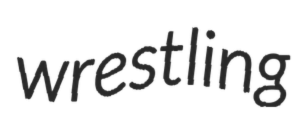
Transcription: wrestling